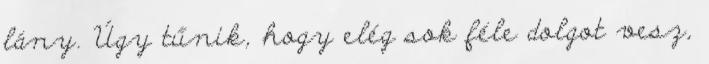
lány. Úgy tűnik, hogy elég sok féle dolgot vesz,